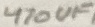
Text: 470UF